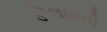
ડોલાવતી